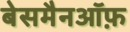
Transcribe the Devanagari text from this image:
बेसमैनऑफ़